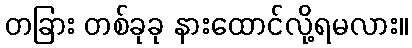
တခြား တစ်ခုခု နားထောင်လို့ရမလား။